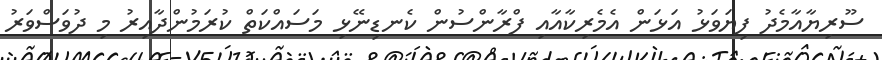
ސޫރިޔާއާމެދު ފިޔަވަޅު އަޅަން އެމެރިކާއާއި ފްރާންސުން ކެނޑިނޭޅި މަސައްކަތް ކުރަމުންދާއިރު މި ދުވަސްވަރު